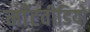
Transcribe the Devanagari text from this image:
माँटवीडियो